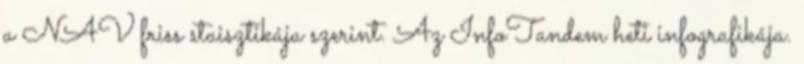
a NAV friss staisztikája szerint. Az InfoTandem heti infografikája.